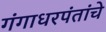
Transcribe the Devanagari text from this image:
गंगाधरपंतांचे